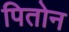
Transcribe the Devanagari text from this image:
पितोन